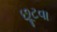
છૂટવા